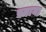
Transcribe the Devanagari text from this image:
स्नागा